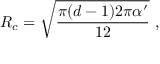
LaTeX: R _ { c } = \sqrt { { \frac { \pi ( d - 1 ) 2 \pi \alpha ^ { \prime } } { 1 2 } } } \ ,